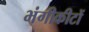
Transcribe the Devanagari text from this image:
भंगीकीटों